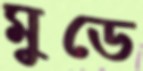
মুডে